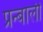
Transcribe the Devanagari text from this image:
प्रन्बाली